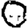
Digit: 0